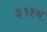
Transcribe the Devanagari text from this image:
३१३वॉ